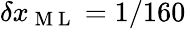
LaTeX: \delta x_{\mathrm{~M~L~}}=1/160